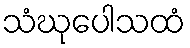
သံဃုပေါသထံ